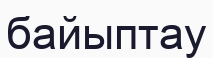
байыптау